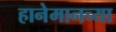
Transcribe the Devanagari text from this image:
हानेमानच्या